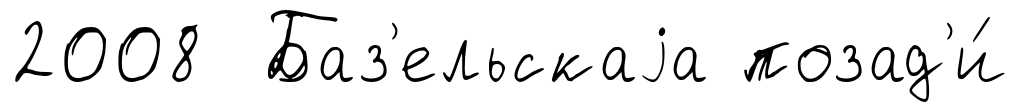
2008 Баз'ельскаjа позад'и́